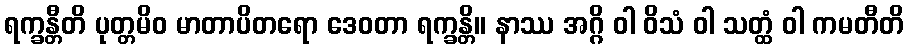
ရက္ခန္တီတိ ပုတ္တမိဝ မာတာပိတရော ဒေဝတာ ရက္ခန္တိ။ နာဿ အဂ္ဂိ ဝါ ဝိသံ ဝါ သတ္ထံ ဝါ ကမတီတိ